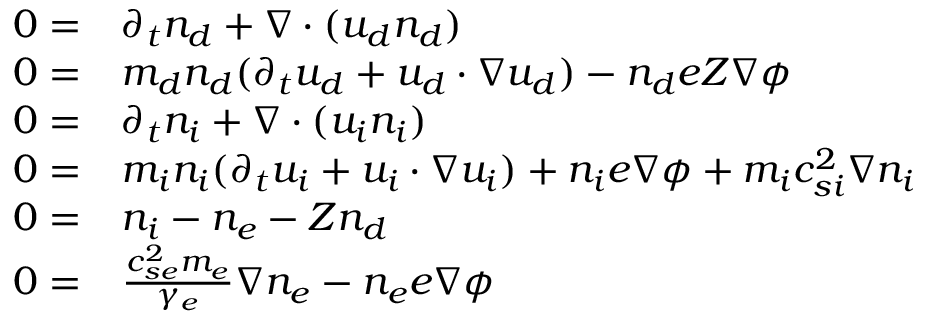
\begin{array} { r l } { 0 = } & { { } \partial _ { t } { n _ { d } } + \nabla \cdot ( { u _ { d } } { n _ { d } } ) } \\ { 0 = } & { { } m _ { d } { n _ { d } } ( \partial _ { t } { u _ { d } } + { u _ { d } } \cdot \nabla { u _ { d } } ) - { n _ { d } } e Z \nabla \phi } \\ { 0 = } & { { } \partial _ { t } { n _ { i } } + \nabla \cdot ( { u _ { i } } { n _ { i } } ) } \\ { 0 = } & { { } m _ { i } { n _ { i } } ( \partial _ { t } { u _ { i } } + { u _ { i } } \cdot \nabla { u _ { i } } ) + { n _ { i } } e \nabla \phi + m _ { i } c _ { s i } ^ { 2 } \nabla { n _ { i } } } \\ { 0 = } & { { } { n _ { i } } - n _ { e } - Z { n _ { d } } } \\ { 0 = } & { { } \frac { c _ { s e } ^ { 2 } m _ { e } } { \gamma _ { e } } \nabla n _ { e } - n _ { e } e \nabla \phi } \end{array}